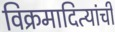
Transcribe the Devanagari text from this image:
विक्रमादित्यांची